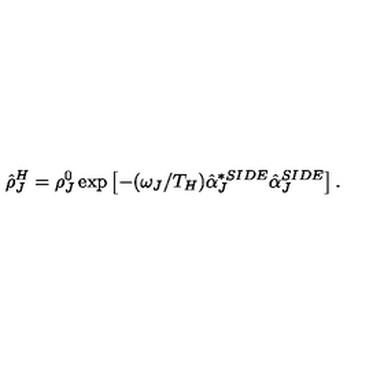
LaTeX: \hat { \rho } _ { J } ^ { H } = \rho _ { J } ^ { 0 } \exp \left[ - ( \omega _ { J } / T _ { H } ) \hat { \alpha } _ { J } ^ { * S I D E } \hat { \alpha } _ { J } ^ { S I D E } \right] .